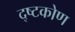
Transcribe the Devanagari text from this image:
द्ष्टकोण